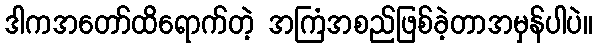
ဒါကအတော်ထိရောက်တဲ့ အကြံအစည်ဖြစ်ခဲ့တာအမှန်ပါပဲ။